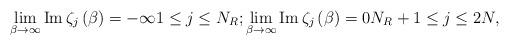
LaTeX: \begin{align*}\lim_{\beta\rightarrow\infty}\operatorname{Im}\zeta_{j}\left( \beta\right)=-\infty1\leq j\leq N_{R};\lim_{\beta\rightarrow\infty}\operatorname{Im}\zeta_{j}\left( \beta\right) =0N_{R}+1\leq j\leq2N, \end{align*}